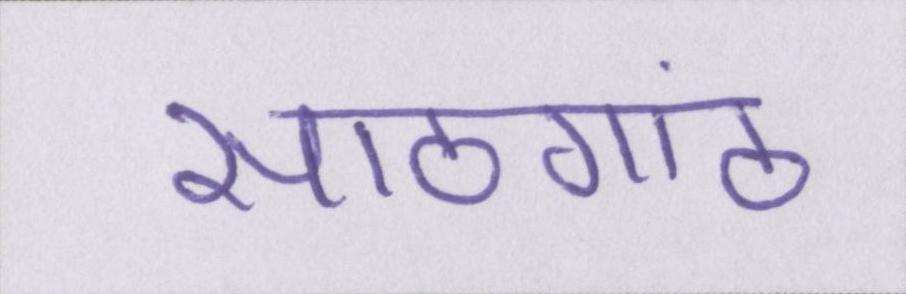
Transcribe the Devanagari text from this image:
सांठगांठ